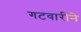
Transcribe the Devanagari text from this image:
गटवारीने